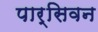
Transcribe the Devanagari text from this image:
पार्सिवन